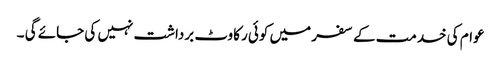
عوام کی خدمت کے سفر میں کوئی رکاوٹ برداشت نہیں کی جائے گی ۔